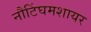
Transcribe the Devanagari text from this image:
नौटिंघमशायर